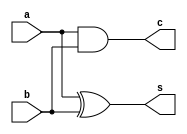
module half_beh(
    input a,
    input b,
    output reg s,
    output reg c
);
always @(*) begin
    s=a^b;
    c=a&b;
end
endmodule